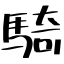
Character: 騎